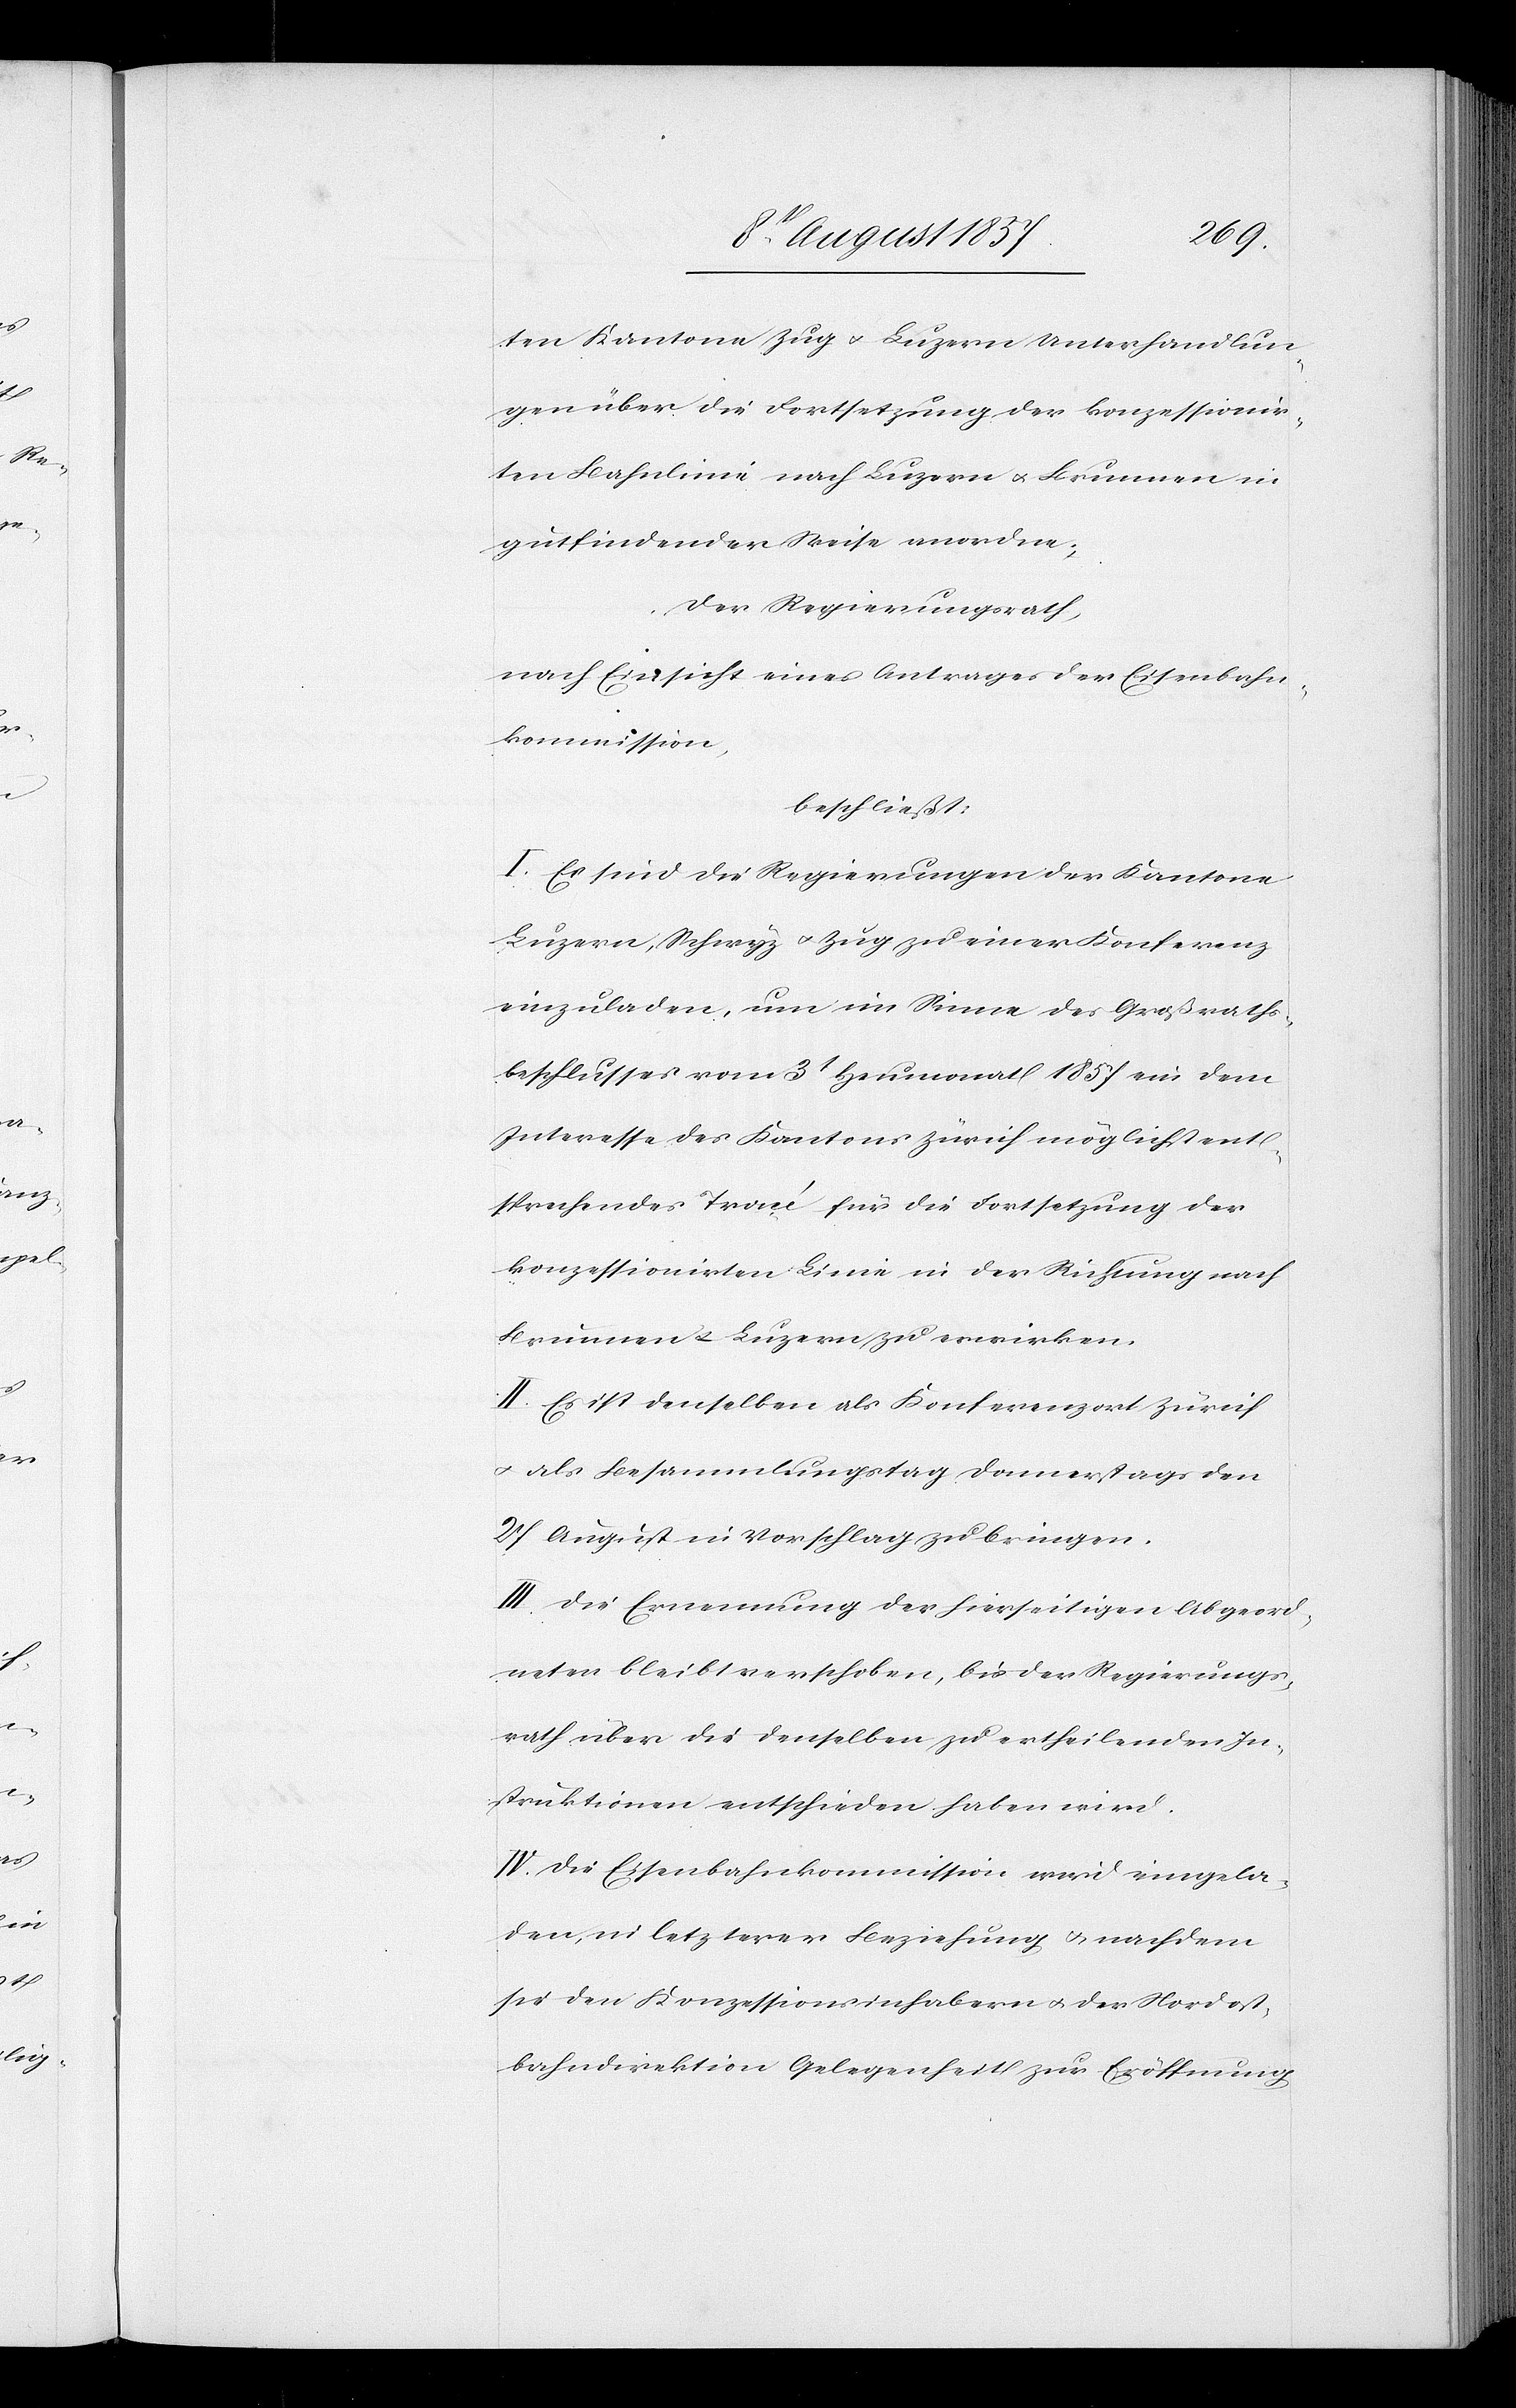
ten Kantone Zug & Luzern Unterhandlun¬
gen über die Fortsetzung der konzessionir¬
ten Bahnlinie nach Luzern & Brunnen in
gutfindender Weise anordne;
Der Regierungsrath,
nach Einsicht eines Antrages der Eisenbahn¬
kommission,
beschließt:
I. Es sind die Regierungen der Kantone
Luzern, Schwyz & Zug zu einer Konferenz
einzuladen, um im Sinne des Großraths¬
beschlusses vom 3t Heumonat 1857 ein dem
Interesse des Kantones Zürich möglichst ent¬
sprechendes Tracé für die Fortsetzung der
konzessionirenden Linie in der Richtung nach
Brunnen & Luzern zu erwirken.
II. Es ist denselben als Konferenzort Zürich
& als Besammlungstag Donnerstags den
27 August in Vorschlag zu bringen.
III. Die Ernennung der hierseitigen Abgeord¬
neten bleibt verschoben, bis der Regierungs¬
rath über die denselben zu ertheilenden In¬
struktionen entschieden haben wird.
IV. Die Eisenbahnkommission wird eingela¬
den, in letzterer Beziehung & nachdem
sie den Konzessionsinhabern & der Nordost¬
bahndirektion Gelegenheit zur Eröffnung